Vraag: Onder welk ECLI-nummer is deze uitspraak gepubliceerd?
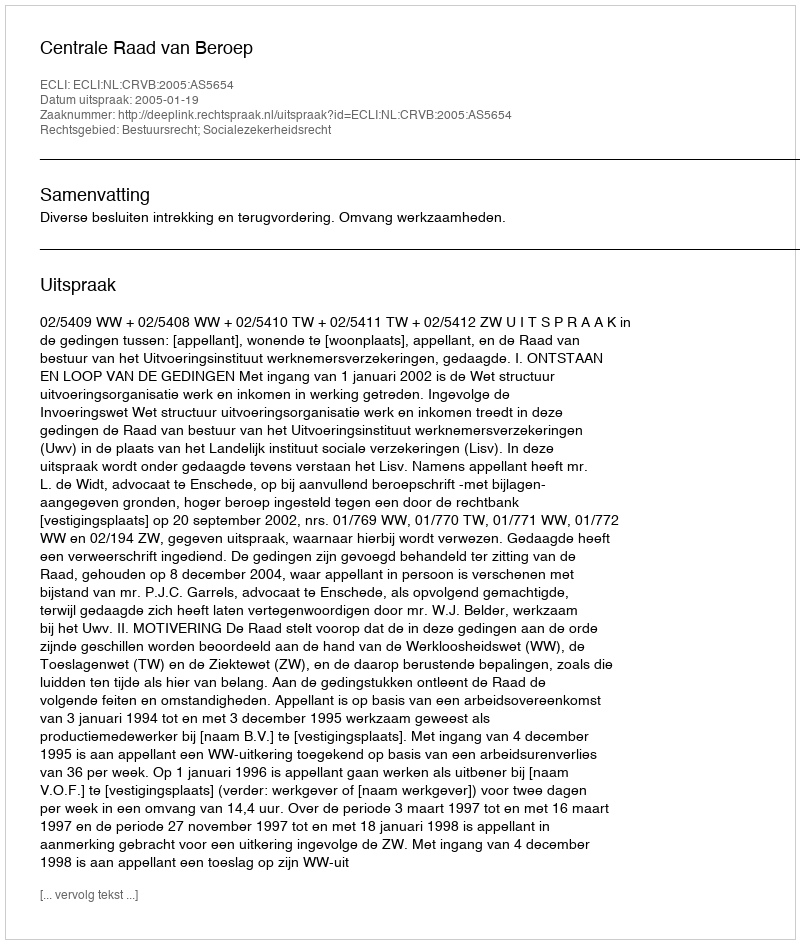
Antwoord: ECLI:NL:CRVB:2005:AS5654